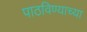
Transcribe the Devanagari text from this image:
पाठविण्याच्या